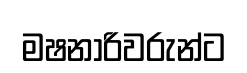
මෂනාරිවරුන්ට